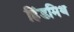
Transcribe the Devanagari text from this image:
हिंडमिथ